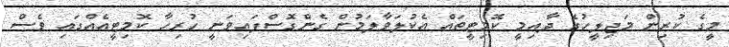
މީގެ ކުރިން މަޖިލީހުގެ ދާއިމީ ކޮމިޓީތައް އެކުލަވާލަމުން ގެންގޮސްފައިވަނީ ހުރިހާ ކޮމިޓީއެއްގައި ވެސް